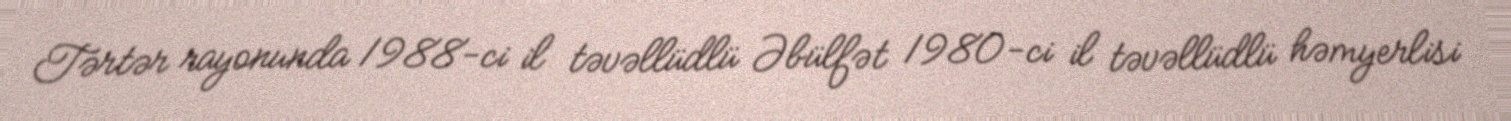
Tərtər rayonunda 1988-ci il təvəllüdlü Əbülfət 1980-ci il təvəllüdlü həmyerlisi